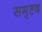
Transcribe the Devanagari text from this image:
समृह्द